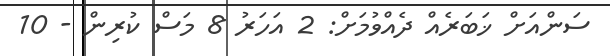
ސަންއަށް ޚަބަރެއް ދެއްވުމަށް: 2 އަހަރު 8 މަސް ކުރިން - 10